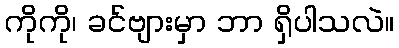
ကိုကို၊ ခင်ဗျားမှာ ဘာ ရှိပါသလဲ။